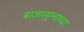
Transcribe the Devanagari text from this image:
बाजारमूल्याच्या